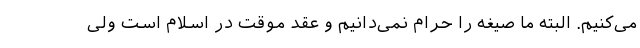
می‌کنیم. البته ما صیغه را حرام نمی‌دانیم و عقد موقت در اسلام است ولی